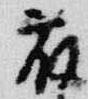
藤